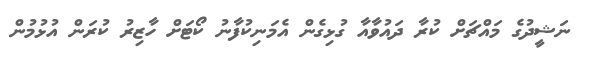
ނަޝީދުގެ މައްޗަށް ކުރާ ދައުވާއާ ގުޅިގެން އެމަނިކުފާނު ކޯޓަށް ހާޒިރު ކުރަން އުޅުމުން